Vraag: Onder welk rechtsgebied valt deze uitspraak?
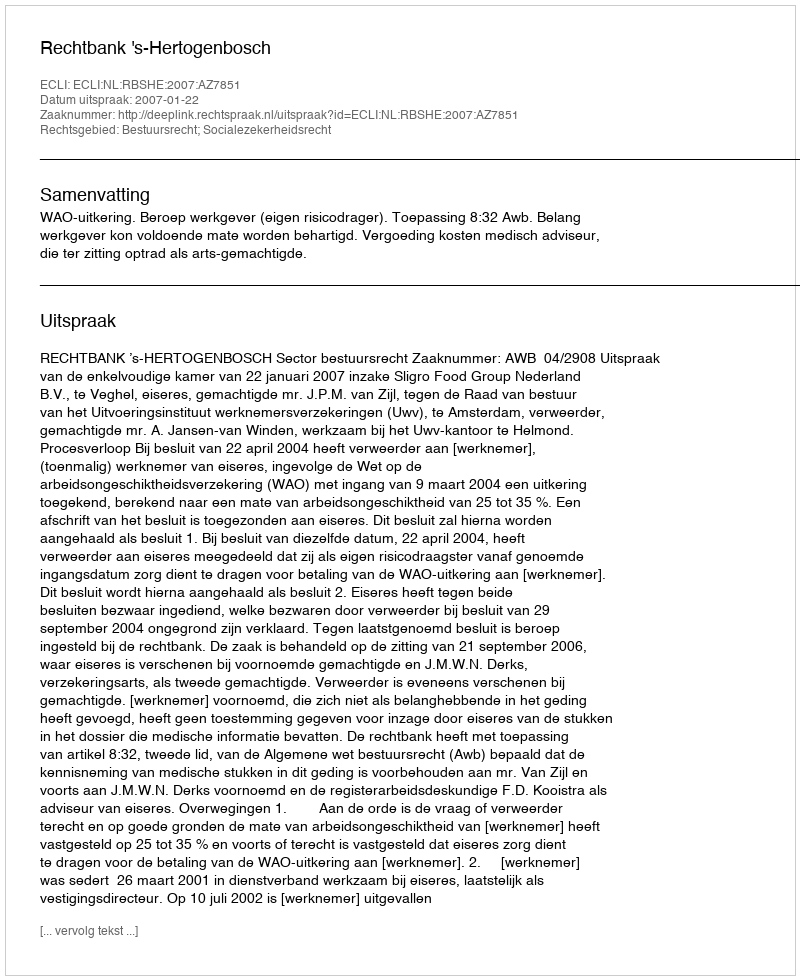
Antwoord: Bestuursrecht; Socialezekerheidsrecht